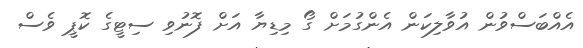
އެއްބަސްވުން އުވާލިކަން އެންގުމަށް ގޯ މިޑިޔާ އަށް ފޮނުވި ސިޓީގެ ކޮޕީ ވެސް